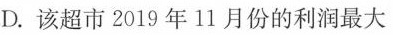
D.该超市2019年11月份的利润最大